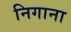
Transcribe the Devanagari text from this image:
निगाना